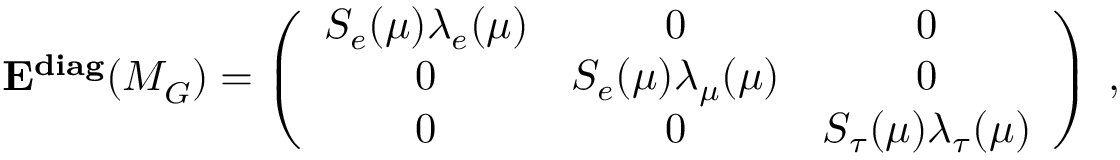
{ \bf E ^ { d i a g } } ( M _ { G } ^ { } ) = \left( \begin{array} { c c c } { { S _ { e } ( \mu ) \lambda _ { e } ( \mu ) } } & { { 0 } } & { { 0 } } \\ { { 0 } } & { { S _ { e } ( \mu ) \lambda _ { \mu } ( \mu ) } } & { { 0 } } \\ { { 0 } } & { { 0 } } & { { S _ { \tau } ( \mu ) \lambda _ { \tau } ( \mu ) } } \end{array} \right) \; ,